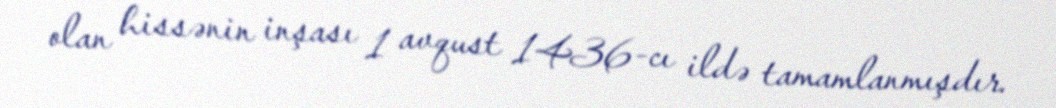
olan hissənin inşası 1 avqust 1436-cı ildə tamamlanmışdır.